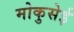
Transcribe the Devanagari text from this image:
मोकुसेई